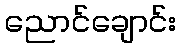
ညောင်ချောင်း